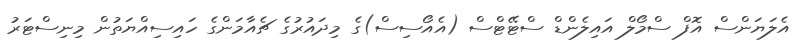
އެލަޔަންސް އޮފް ސްމޯލް އައިލެންޑް ސްޓޭޓްސް (އެއޯސިސް)ގެ މިދައުރުގެ ޗެއާމަންގެ ހައިސިއްޔަތުން މިނިސްޓަރު